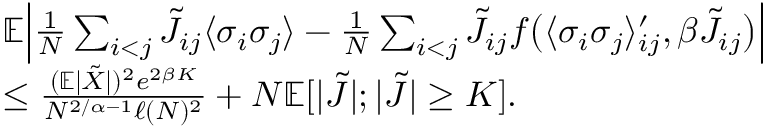
\begin{array} { r l } & { \mathbb E \Bigl | \frac { 1 } { N } \sum _ { i < j } \tilde { J } _ { i j } \langle \sigma _ { i } \sigma _ { j } \rangle - \frac { 1 } { N } \sum _ { i < j } \tilde { J } _ { i j } f \bigl ( \langle \sigma _ { i } \sigma _ { j } \rangle _ { i j } ^ { \prime } , \beta \tilde { J } _ { i j } \bigr ) \Bigr | } \\ & { \leq \frac { ( \mathbb E | \tilde { X } | ) ^ { 2 } e ^ { 2 \beta K } } { N ^ { 2 / \alpha - 1 } \ell ( N ) ^ { 2 } } + N \mathbb E [ | \tilde { J } | ; | \tilde { J } | \geq K ] . } \end{array}